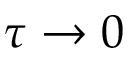
\tau \to 0